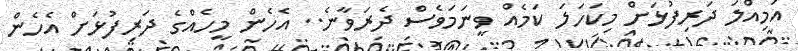
އަމިއްލަ ދަރިފުޅަށް މިކަހަލަ ކަމެއް ވީނަމަވެސް ދެރަވާނެ.. އެހެން މީހެއްގެ ދަރިފުޅަށް އެހެން